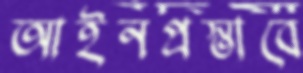
আইনপ্রস্তাবে